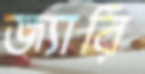
জ্যারি